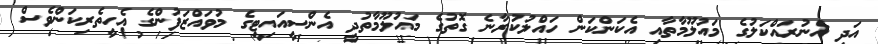
އަދި އެނުރައްކަލުގެ މައުލޫމާތާއި އެކަންކަން ހައްލުކުރާނެ ގޮތުގެ މައުލޫމާތުދީ އެންސީއައިޓީގެ މުވައްޒަފުންގެ އެހީތެރިކަންވެސް